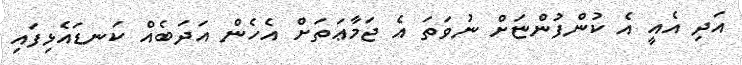
އަދި އެއީ އެ ކުންފުންޏަށް ނުވަތަ އެ ޖަމާޢަތަށް އެހެން އަދަބެއް ކަނޑައެޅިފައި